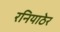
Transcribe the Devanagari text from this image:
रनियाठेर